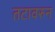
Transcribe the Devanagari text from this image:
तटावरुन